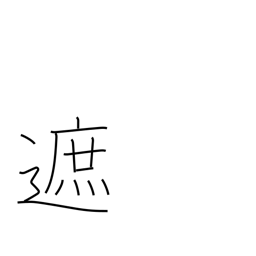
Meaning: intercept